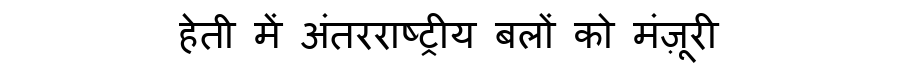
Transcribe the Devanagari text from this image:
हेती में अंतरराष्ट्रीय बलों को मंज़ूरी